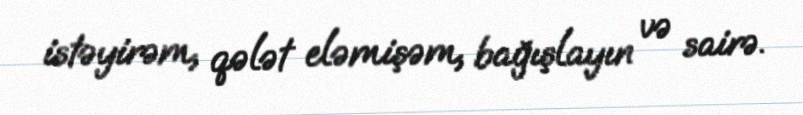
istəyirəm, qələt eləmişəm, bağışlayın və sairə.